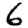
Digit: 6